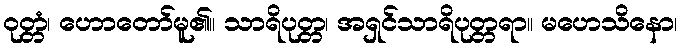
ဝုတ္တံ၊ ဟောတော်မူ၏။ သာရိပုတ္တ၊ အရှင်သာရိပုတ္တရာ။ မဟေသိနော၊